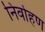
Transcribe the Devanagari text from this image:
निर्वाहण